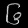
Digit: ၆